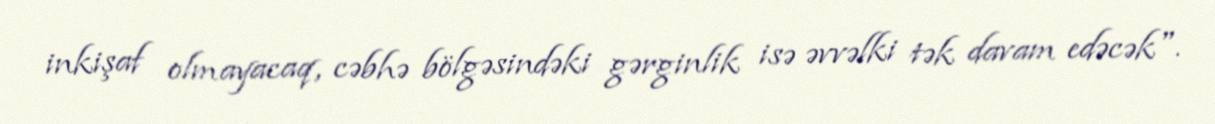
inkişaf olmayacaq, cəbhə bölgəsindəki gərginlik isə əvvəlki tək davam edəcək".